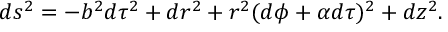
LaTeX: d s ^ { 2 } = - b ^ { 2 } d \tau ^ { 2 } + d r ^ { 2 } + r ^ { 2 } ( d \phi + \alpha d \tau ) ^ { 2 } + d z ^ { 2 } \space .